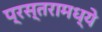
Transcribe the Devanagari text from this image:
प्रस्तरामध्ये